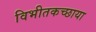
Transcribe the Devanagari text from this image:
विभीतकच्छाया